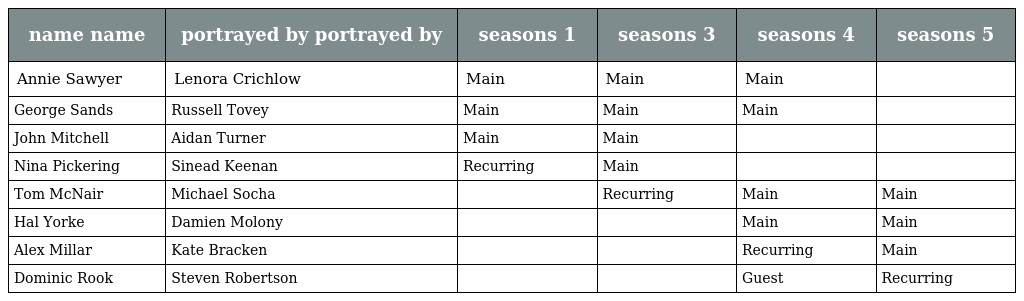
| name name | portrayed by portrayed by | seasons 1 | seasons 3 | seasons 4 | seasons 5 |
 | --- | --- | --- | --- | --- | --- |
 | Annie Sawyer | Lenora Crichlow | Main | Main | Main |  |
 | George Sands | Russell Tovey | Main | Main | Main |  |
 | John Mitchell | Aidan Turner | Main | Main |  |  |
 | Nina Pickering | Sinead Keenan | Recurring | Main |  |  |
 | Tom McNair | Michael Socha |  | Recurring | Main | Main |
 | Hal Yorke | Damien Molony |  |  | Main | Main |
 | Alex Millar | Kate Bracken |  |  | Recurring | Main |
 | Dominic Rook | Steven Robertson |  |  | Guest | Recurring |